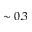
\sim 0 . 3